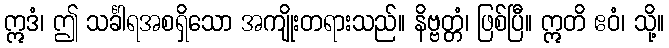
ဣဒံ၊ ဤ သင်္ခါရအစရှိသော အကျိုးတရားသည်။ နိဗ္ဗတ္တံ၊ ဖြစ်ပြီ။ ဣတိ ဧဝံ၊ သို့။